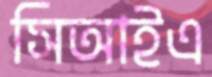
সিআইএ